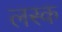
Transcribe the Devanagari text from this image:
लस्क